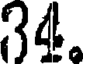
34.